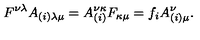
F ^ { \nu \lambda } A _ { ( i ) \lambda \mu } = A _ { ( i ) } ^ { \nu \kappa } F _ { \kappa \mu } = f _ { i } A _ { ( i ) \mu } ^ { \nu } .